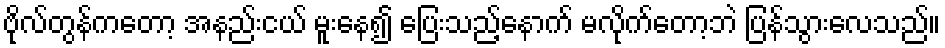
ဗိုလ်တွန်ကတော့ အနည်းငယ် မူးနေ၍ ပြေးသည့်နောက် မလိုက်တော့ဘဲ ပြန်သွားလေသည်။